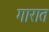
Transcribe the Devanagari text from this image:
गारात